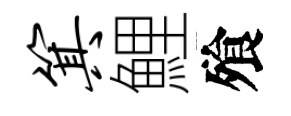
箕鯉飱